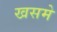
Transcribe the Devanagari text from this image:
खसमे